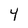
Character: 4